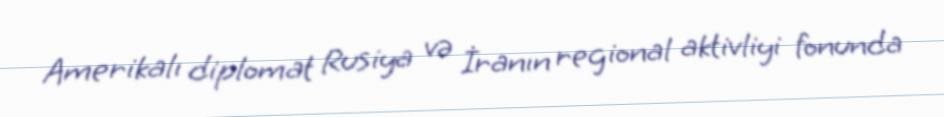
Amerikalı diplomat Rusiya və İranın regional aktivliyi fonunda